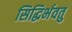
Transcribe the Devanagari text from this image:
सिद्धिर्भवतु